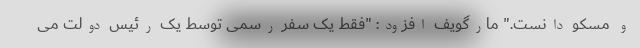
و مسکو دانست." مارگویف افزود: "فقط یک سفر رسمی توسط یک رئیس دولت می